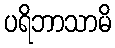
ပရိဘာသာမိ